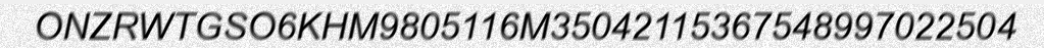
ONZRWTGSO6KHM9805116M35042115367548997022504